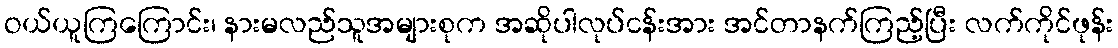
ဝယ်ယူကြကြောင်း၊ နားမလည်သူအများစုက အဆိုပါလုပ်ငန်းအား အင်တာနက်ကြည့်ပြီး လက်ကိုင်ဖုန်း